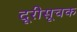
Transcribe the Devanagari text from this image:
दूरीसूचक